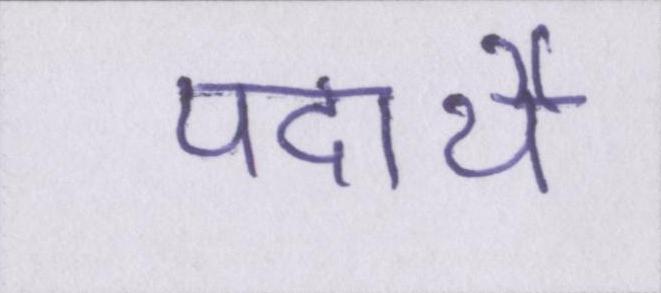
पदार्थे